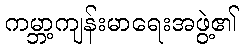
ကမ္ဘာ့ကျန်းမာရေးအဖွဲ့၏